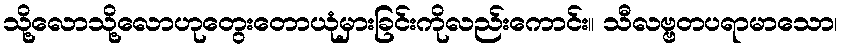
သို့လောသို့လောဟုတွေးတောယုံမှားခြင်းကိုလည်းကောင်း။ သီလဗ္ဗတပရာမာသော၊